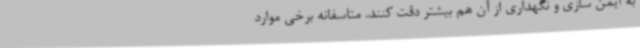
به ایمن سازی و نگهداری از آن هم بیشتر دقت کنند. متاسفانه برخی موارد